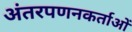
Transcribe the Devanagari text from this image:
अंतरपणनकर्ताओं